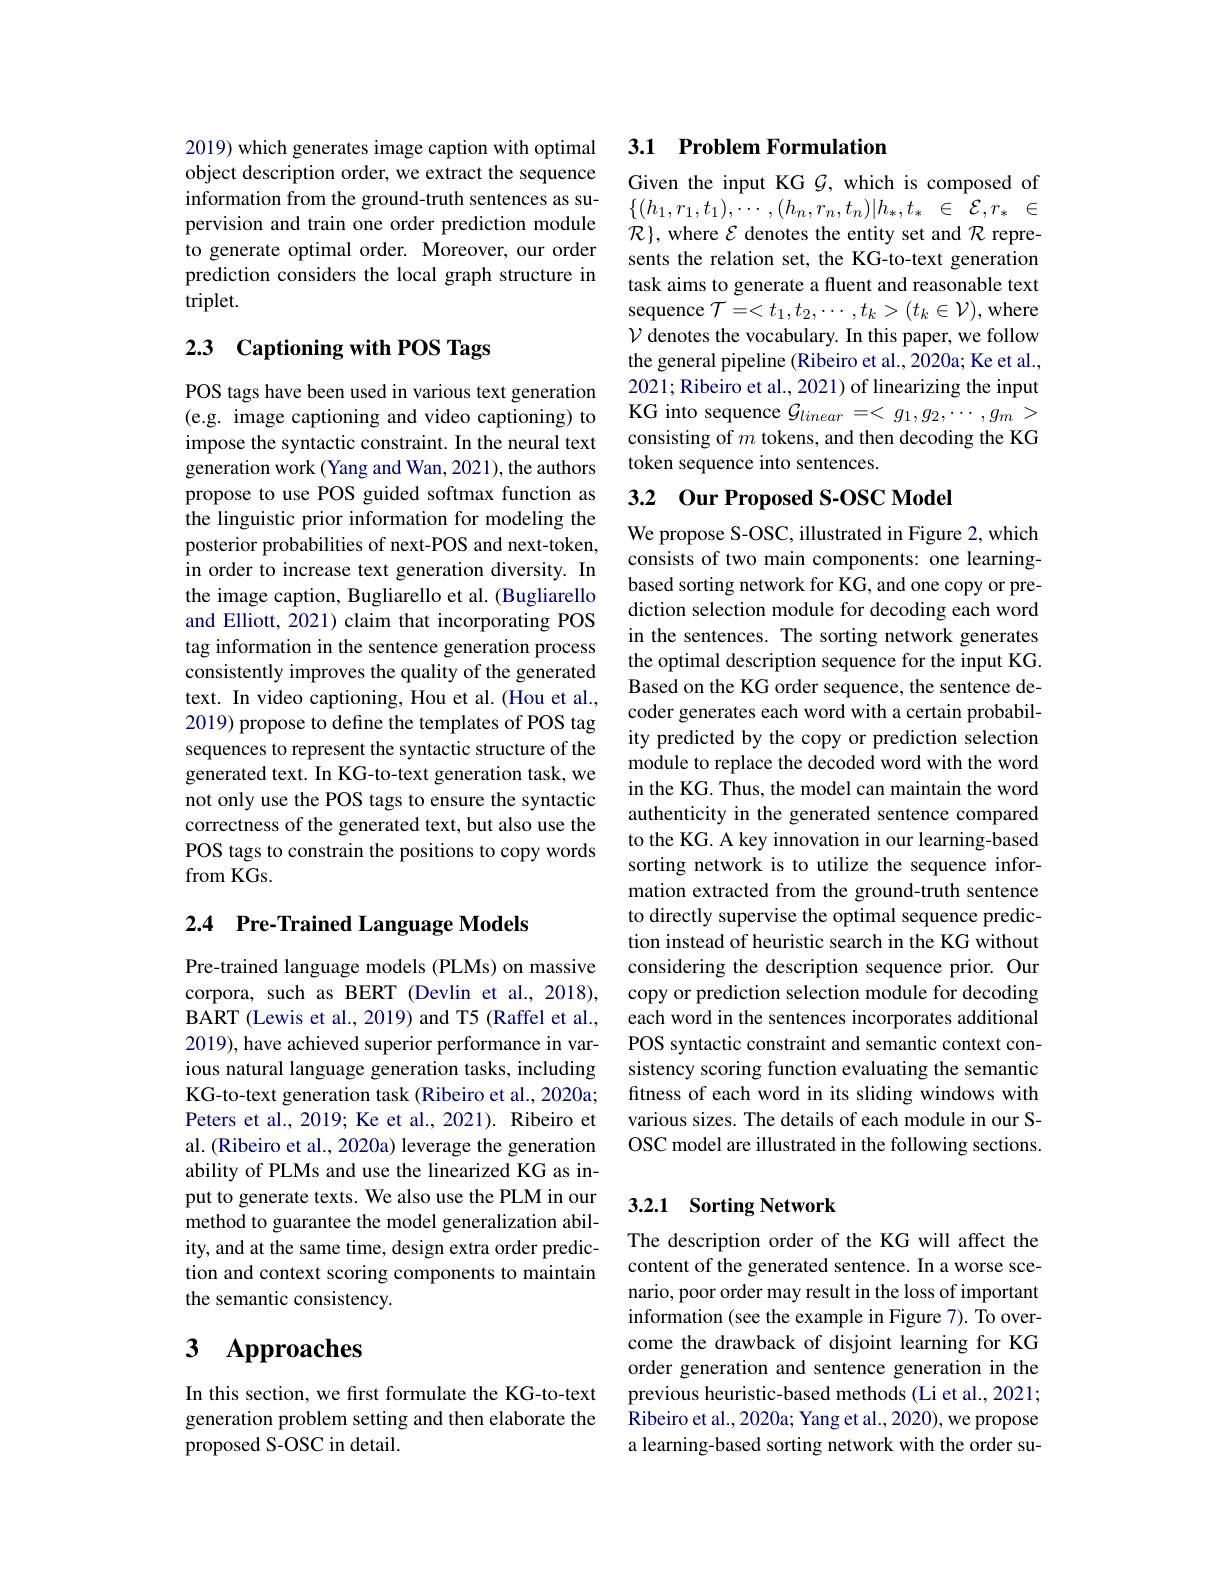
2019) which generates image caption with optimal object description order, we extract the sequence information from the ground-truth sentences as supervision and train one order prediction module to generate optimal order. Moreover, our order prediction considers the local graph structure in triplet.

# 2.3 Captioning with POS Tags

POS tags have been used in various text generation (e.g. image captioning and video captioning) to impose the syntactic constraint. In the neural text generation work (Yang and Wan, 2021), the authors propose to use POS guided softmax function as the linguistic prior information for modeling the posterior probabilities of next-POS and next-token, in order to increase text generation diversity. In the image caption, Bugliarello et al. (Bugliarello and Elliott, 2021) claim that incorporating POS tag information in the sentence generation process consistently improves the quality of the generated text. In video captioning, Hou et al. (Hou et al., 2019) propose to define the templates of POS tag sequences to represent the syntactic structure of the generated text. In KG-to-text generation task, we not only use the POS tags to ensure the syntactic correctness of the generated text, but also use the POS tags to constrain the positions to copy words from KGs.

## 2.4 Pre-Trained Language Models

Pre-trained language models (PLMs) on massive corpora, such as BERT (Devlin et al.,2018), BART (Lewis et al., 2019) and T5 (Raffel et al., 2019), have achieved superior performance in various natural language generation tasks, including KG-to-text generation task (Ribeiro et al., 2020a; Peters et al., 2019; Ke et al., 2021). Ribeiro et al. (Ribeiro et al., 2020a) leverage the generation ability of PLMs and use the linearized KG as input to generate texts. We also use the PLM in our method to guarantee the model generalization ability, and at the same time, design extra order prediction and context scoring components to maintain the semantic consistency.

# $\textbf{3}$ $\textbf{Approaches}$

In this section, we first formulate the KG-to-text generation problem setting and then elaborate the proposed S-OSC in detail.

## 3.1 Problem Formulation

Given the input KG $\mathcal{G}$, which is composed of $\{(h_1,r_1,t_1),\cdots,(h_n,r_n,t_n)|h_*,t_*~\in~\mathcal{E},r_*~\in$ $\mathcal{R}\}$, where $\mathcal{E}$ denotes the entity set and $\mathcal{R}$ represents the relation set, the KG-to-text generation task aims to generate a fluent and reasonable text sequence $\mathcal{T}=<t_1,t_2,\cdots,t_k>(t_k\in\mathcal{V})$,where $\mathcal{V}$ denotes the vocabulary. In this paper, we follow the general pipeline (Ribeiro et al., 2020a; Ke et al., 2021; Ribeiro et al., 2021) of linearizing the input KG into sequence $\mathcal{G}_linear=<g_1,g_2,\cdots,g_m>$ consisting of $m$ tokens, and then decoding the KG token sequence into sentences.

# 3.2 Our Proposed S-OSC Model

We propose S-OSC, illustrated in Figure 2, which consists of two main components: one learningbased sorting network for KG, and one copy or prediction selection module for decoding each word in the sentences. The sorting network generates the optimal description sequence for the input KG. Based on the KG order sequence, the sentence decoder generates each word with a certain probability predicted by the copy or prediction selection module to replace the decoded word with the word in the KG. Thus, the model can maintain the word authenticity in the generated sentence compared to the KG. A key innovation in our learning-based sorting network is to utilize the sequence information extracted from the ground-truth sentence to directly supervise the optimal sequence prediction instead of heuristic search in the KG without considering the description sequence prior. Our copy or prediction selection module for decoding each word in the sentences incorporates additional POS syntactic constraint and semantic context consistency scoring function evaluating the semantic fitness of each word in its sliding windows with various sizes. The details of each module in our SOSC model are illustrated in the following sections.

## 3.2.1 Sorting Network

The description order of the KG will affect the content of the generated sentence. In a worse scenario, poor order may result in the loss of important information (see the example in Figure 7). To overcome the drawback of disjoint learning for KG order generation and sentence generation in the previous heuristic-based methods (Li et al., 2021; Ribeiro et al., 2020a; Yang et al., 2020), we propose a learning-based sorting network with the order su-